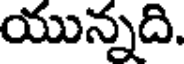
యున్నది.